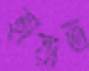
হায়াত